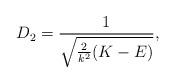
LaTeX: \begin{align*}D_2=\frac{1}{\sqrt{\frac{2}{k^2}(K-E)}},\end{align*}